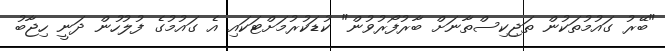
"ބޭރު ގައުމުތަކުން ތަޖިކިސްތާނަށް ބާރުފޯރުވުން" ކުޑަކުރުމަށްޓަކައި އެ ގައުމުގެ ފުލުހުން ދަނީ ހިޖާބު